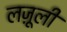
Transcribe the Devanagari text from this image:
लजू़ली